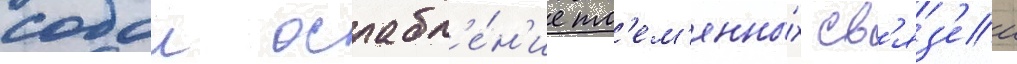
собои ослабл'е́н'ие пл'ем'енны́х св'яз'еи